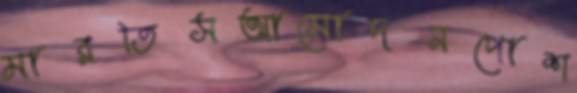
মারতিসআমোদনপোশ